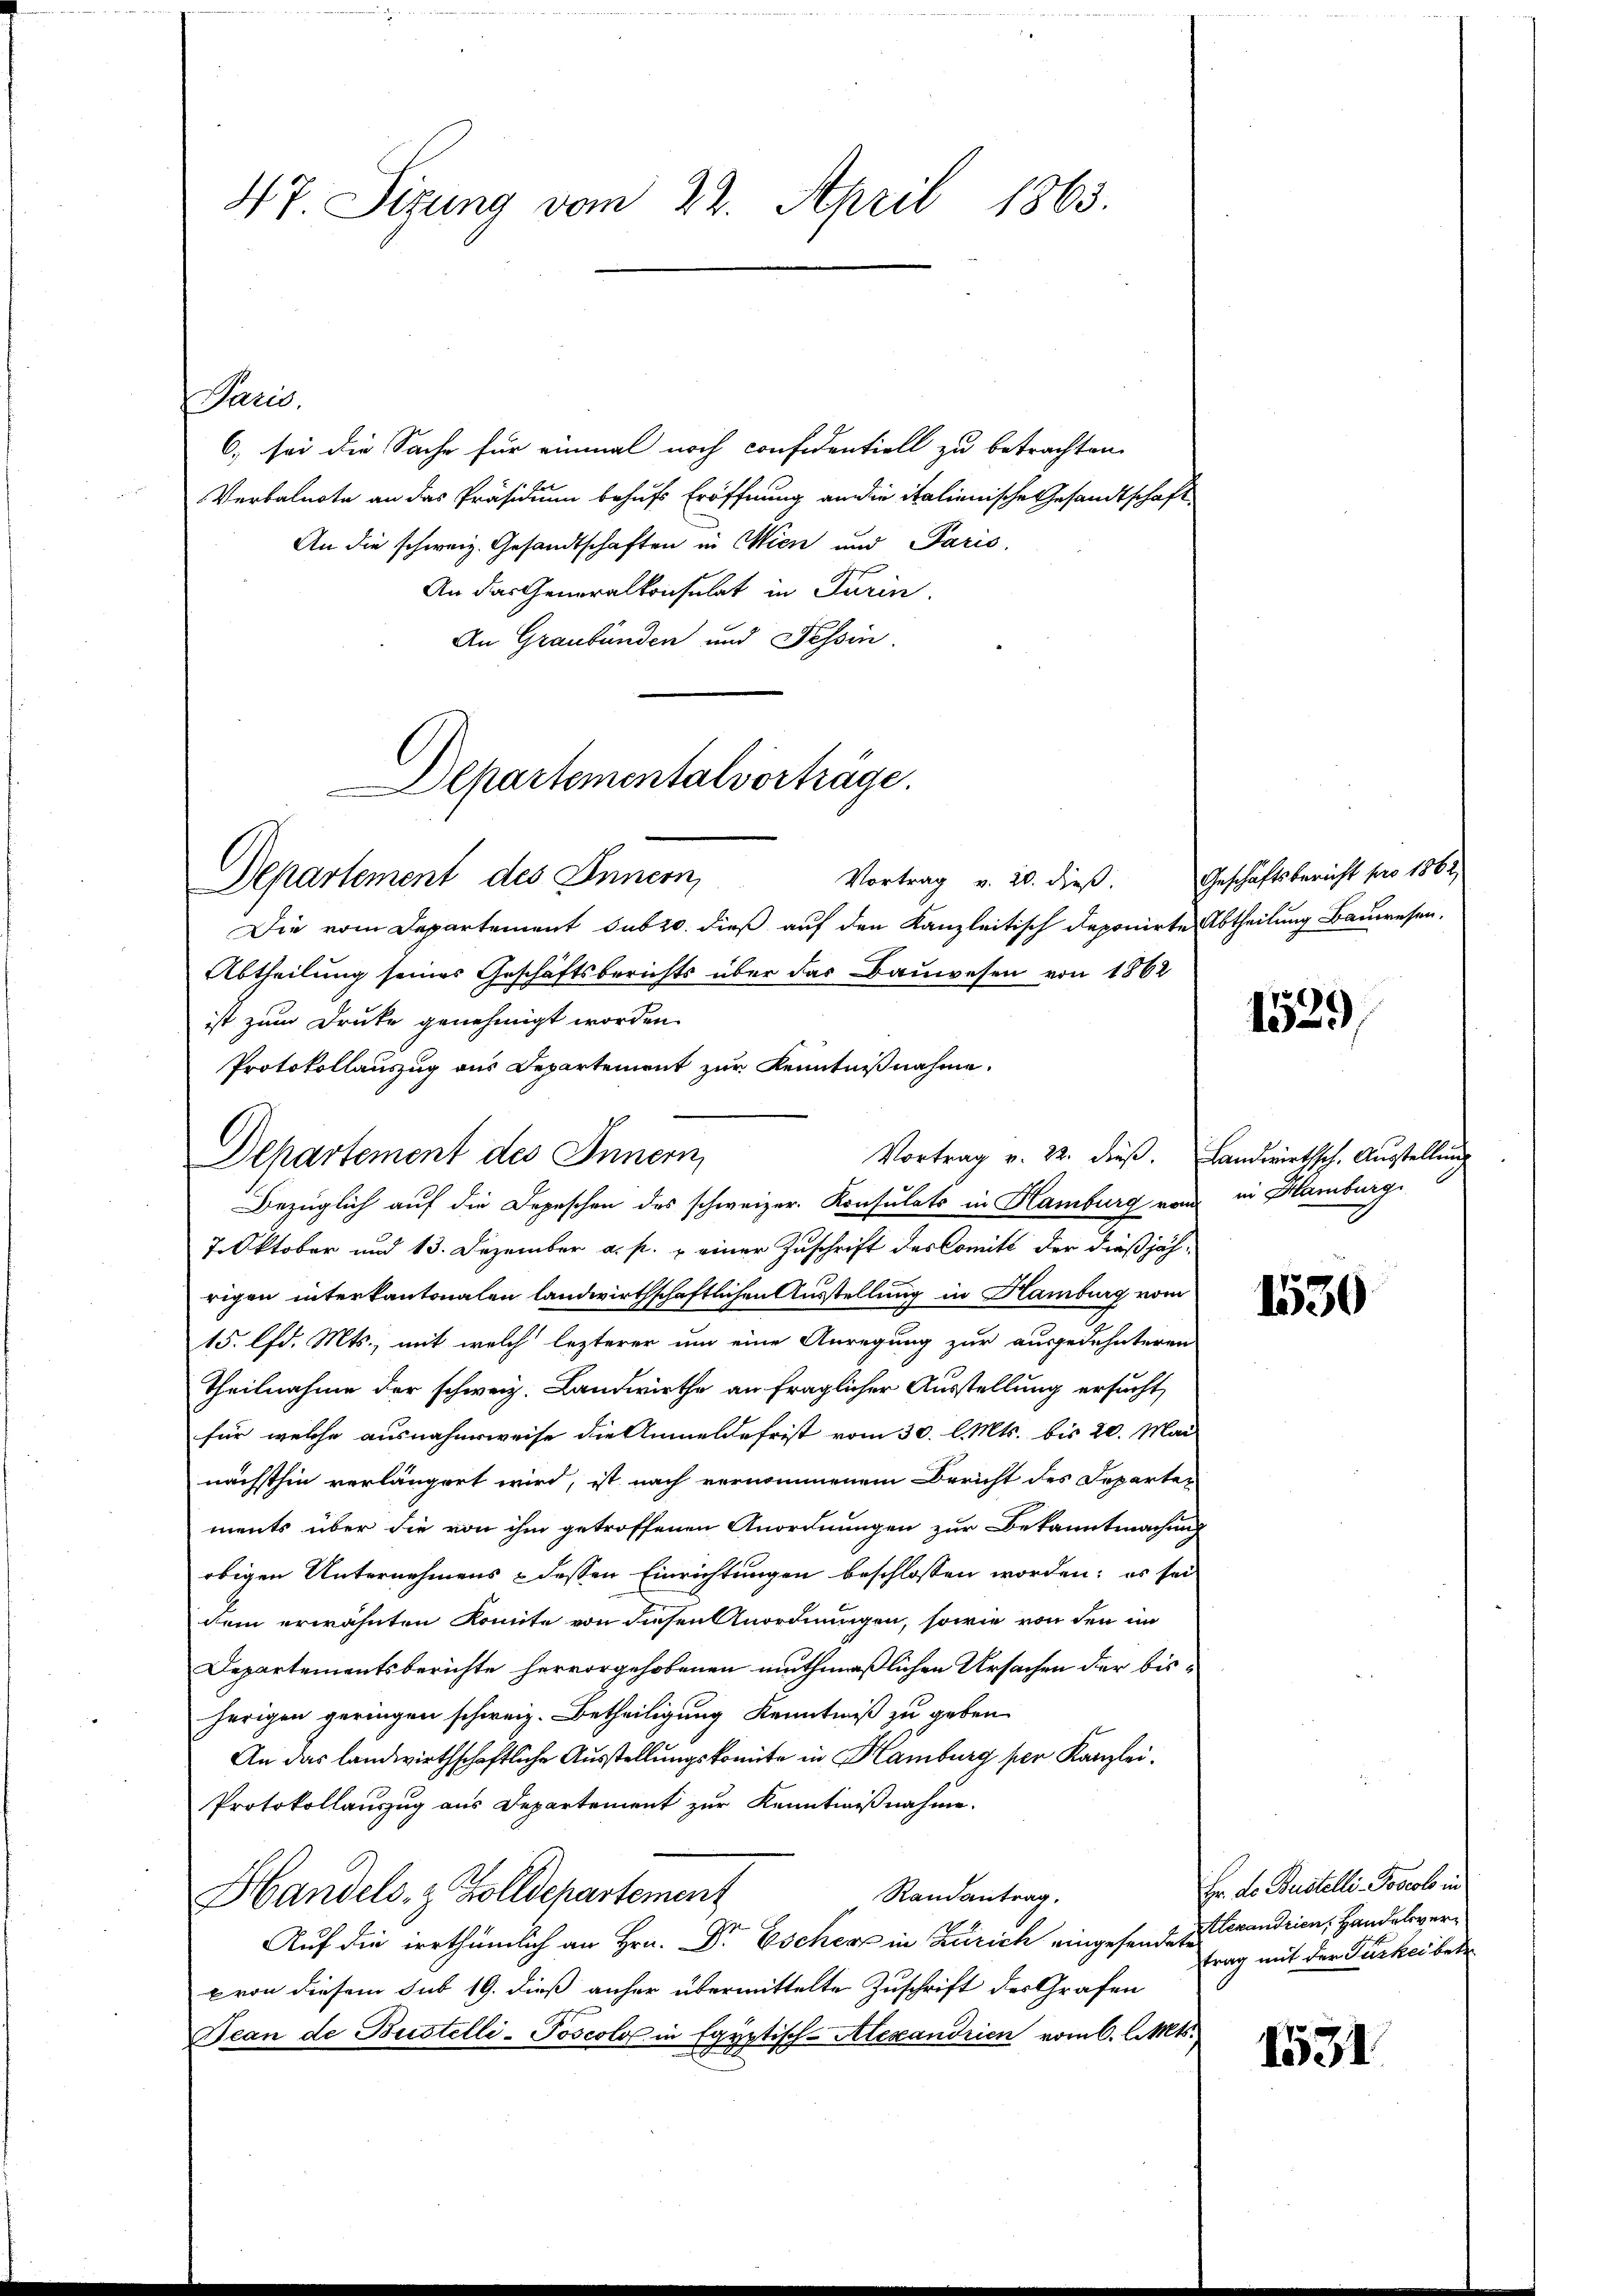
47 Sizung vom 22. April 1863.

ard.
6. sei die Sache für einmal noch confidentiell zu betrachten.
Verbalnote an das Präsidium behufs Eröffnung an die italienische Gesandtschaft
An die schweiz. Gesandtschaften in Wien und Paris,
An das Generalkonsulat in Turin.
An Graubünden und Tessin.

Departementalvorträge.
Departement des Innern,

Departement des Innern,

Vortrag v. 20. dieß. Geschäftsbericht pro 1862
Die vom Departement subro dieß auf den Kanzleitisch deponirte Abtheilung Bauwesen.
Abtheilung seines Geschäftsberichts über das Bauwesen von 1862
ist zum Druke genehmigt worden.
Protokollauszug aus Departement zur Kenntnißnahme.
Vortrag v. 22. dieß. Landwirthsch, Ausstellung
Bezüglich auf die Depeschen des schweizer. Konsulats in Hamburg von in Hamburg
7. Oktober und 13. Dezember a. p. u einer Zuschrift des Comitt der dießjährigen interkantonalen landwirthschaftlichen Ausstellung in Hamburg vom
15. lfd. Mts., mit welch lezterer um eine Anregung zur ausgedehnteren
Theilnahme der schweiz. Landwirthe an fraglicher Ausstellung ersucht,
für welche ausnahmsweise die Anmelde frist vom 30. l. Mts. bis 20. Mai
nächsthin verlängert wird, ist nach vernommenem Bericht des Departer
ments über die von ihm getroffenen Anordnungen zur Bekanntmachung
obigen Unternehmens & dessen Einrichtungen beschlossen worden; es sei
dem erwähnten Komite von diesen Anordnungen, sowie von den im
Departementsberichte hervorgehobenen muthmaßlichen Ursachen der bisherigen geringen schweiz. Betheiligung Kenntniß zu geben
An das landwirthschaftliche Ausstellungskomite in Hamburg per Kanzlei.
Protokollauszug aus Departement zur Kenntnißnahme.
Randantrag.
Handels- & Zolldepartement
Auf die irrthümlich an Hrn. Dr Escher in Zürich eingesende zu Grandrien, Handelsverx von diesem sub 19. dieß anher übermittelte Zuschrift des Grafen
Bean de Bustelli-Poscolo in Egyptisch-Alexandrien vom 6. l. Mts.

1529,

1530

Er. Le Bustelli Joscol in
trag mit der Türkeitete

1531